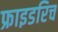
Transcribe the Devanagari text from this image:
फ्राइडरिच